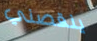
ينقصني